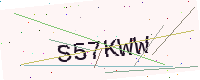
Text: S57KWW